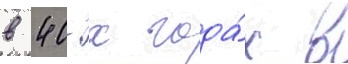
в 40-х года́х в